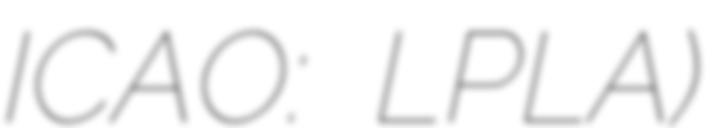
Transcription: ICAO: LPLA)